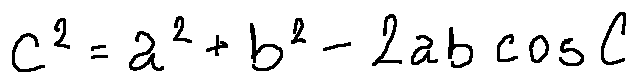
c ^ { 2 } = a ^ { 2 } + b ^ { 2 } - 2 a b \cos C